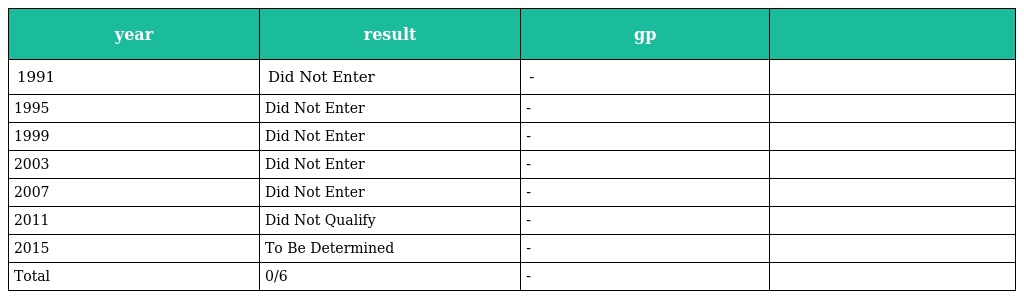
| year | result | gp |  |
 | --- | --- | --- | --- |
 | 1991 | Did Not Enter | - |  |
 | 1995 | Did Not Enter | - |  |
 | 1999 | Did Not Enter | - |  |
 | 2003 | Did Not Enter | - |  |
 | 2007 | Did Not Enter | - |  |
 | 2011 | Did Not Qualify | - |  |
 | 2015 | To Be Determined | - |  |
 | Total | 0/6 | - |  |